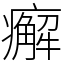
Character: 㿍